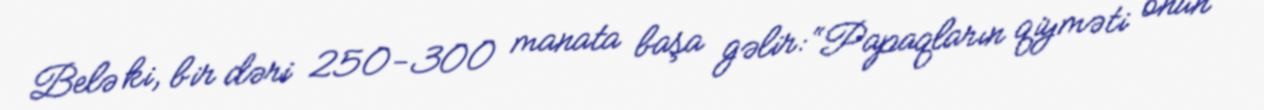
Belə ki, bir dəri 250-300 manata başa gəlir: “Papaqların qiyməti onun